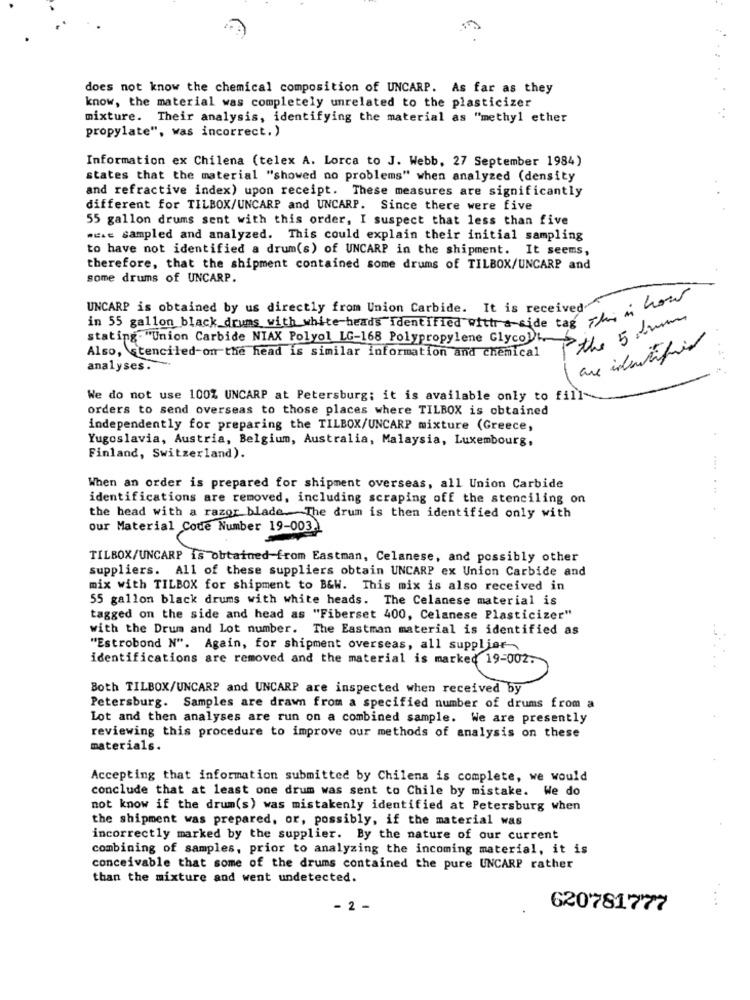
does not know the chemical composition of UNCARP. As far as they
know, the material was completely unrelated to the plasticizer
mixture. Their analysis, identifying the material as "methyl ether
propylate", was incorrect. )
Information ex Chilena (telex A. Lorca to J. Webb, 27 September 1984)
states that the material "showed no problems" when analyzed (density
and refractive index) upon receipt. These measures are significantly
different for TILBOX/UNCARP and UNCARP. Since there were five
55 gallon drums sent with this order, I suspect that less than five
.c.e sampled and analyzed. This could explain their initial sampling
to have not identified a drum(s) of UNCARP in the shipment. It seems,
therefore, that the shipment contained some drums of TILBOX/UNCARP and
some drums of UNCARP.
UNCARP is obtained by us directly from Union Carbide. It is received
in 55 gallon black drums with white heads identified with a side the sh ins how
P the 5 drum
stating. "Union Carbide NIAX Polyol LG-168 Polypropylene Glyco) !,
Also, stenciled-on the head is similar information and chemical
are identified
analyses.
We do not use 100% UNCARP at Petersburg; it is available only to fill-
orders to send overseas to those places where TILBOX is obtained
independently for preparing the TILBOX/UNCARP mixture (Greece,
Yugoslavia, Austria, Belgium, Australia, Malaysia, Luxembourg,
Finland, Switzerland).
When an order is prepared for shipment overseas, all Union Carbide
identifications are removed, including scraping off the stenciling on
the head with a razor blade. The drum is then identified only with
our Material Code Number 19-003)
TILBOX/UNCARP is obtained from Eastman, Celanese, and possibly other
suppliers. All of these suppliers obtain UNCARP ex Union Carbide and
mix with TILBOX for shipment to B&W. This mix is also received in
55 gallon black drums with white heads. The Celanese material is
tagged on the side and head as "Fiberset 400, Celanese Plasticizer"
with the Drum and Lot number. The Eastman material is identified as
"Estrobond N". Again, for shipment overseas, all supplier
identifications are removed and the material is marked 19-002.
Both TILBOX/UNCARP and UNCARP are inspected when received by
Petersburg. Samples are drawn from a specified number of drums from a
Lot and then analyses are run on a combined sample. We are presently
reviewing this procedure to improve our methods of analysis on these
materials.
Accepting that information submitted by Chilena is complete, we would
conclude that at least one drum was sent to Chile by mistake. We do
not know if the drum(s) was mistakenly identified at Petersburg when
the shipment was prepared, or, possibly, if the material was
incorrectly marked by the supplier. By the nature of our current
combining of samples, prior to analyzing the incoming material, it is
conceivable that some of the drums contained the pure UNCARP rather
than the mixture and went undetected.
- 2 -
620781777